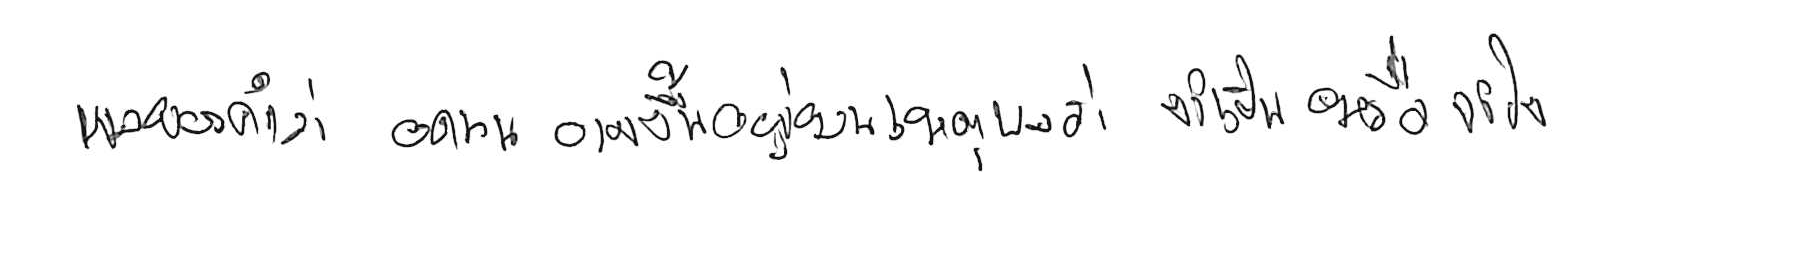
ผลของคำว่า อดทน อาจขึ้นอยู่บนเหตุผลว่า จำเป็น หรือ จำใจ